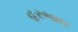
હરભાઇ